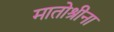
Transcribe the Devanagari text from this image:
मातोश्रीना